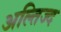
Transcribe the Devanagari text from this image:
अल्तिज्द